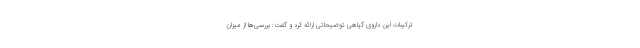
ترکیبات این داروی گیاهی توضیحاتی ارائه کرد و گفت: بررسی‌ها از میزان